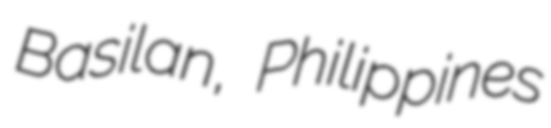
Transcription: Basilan, Philippines